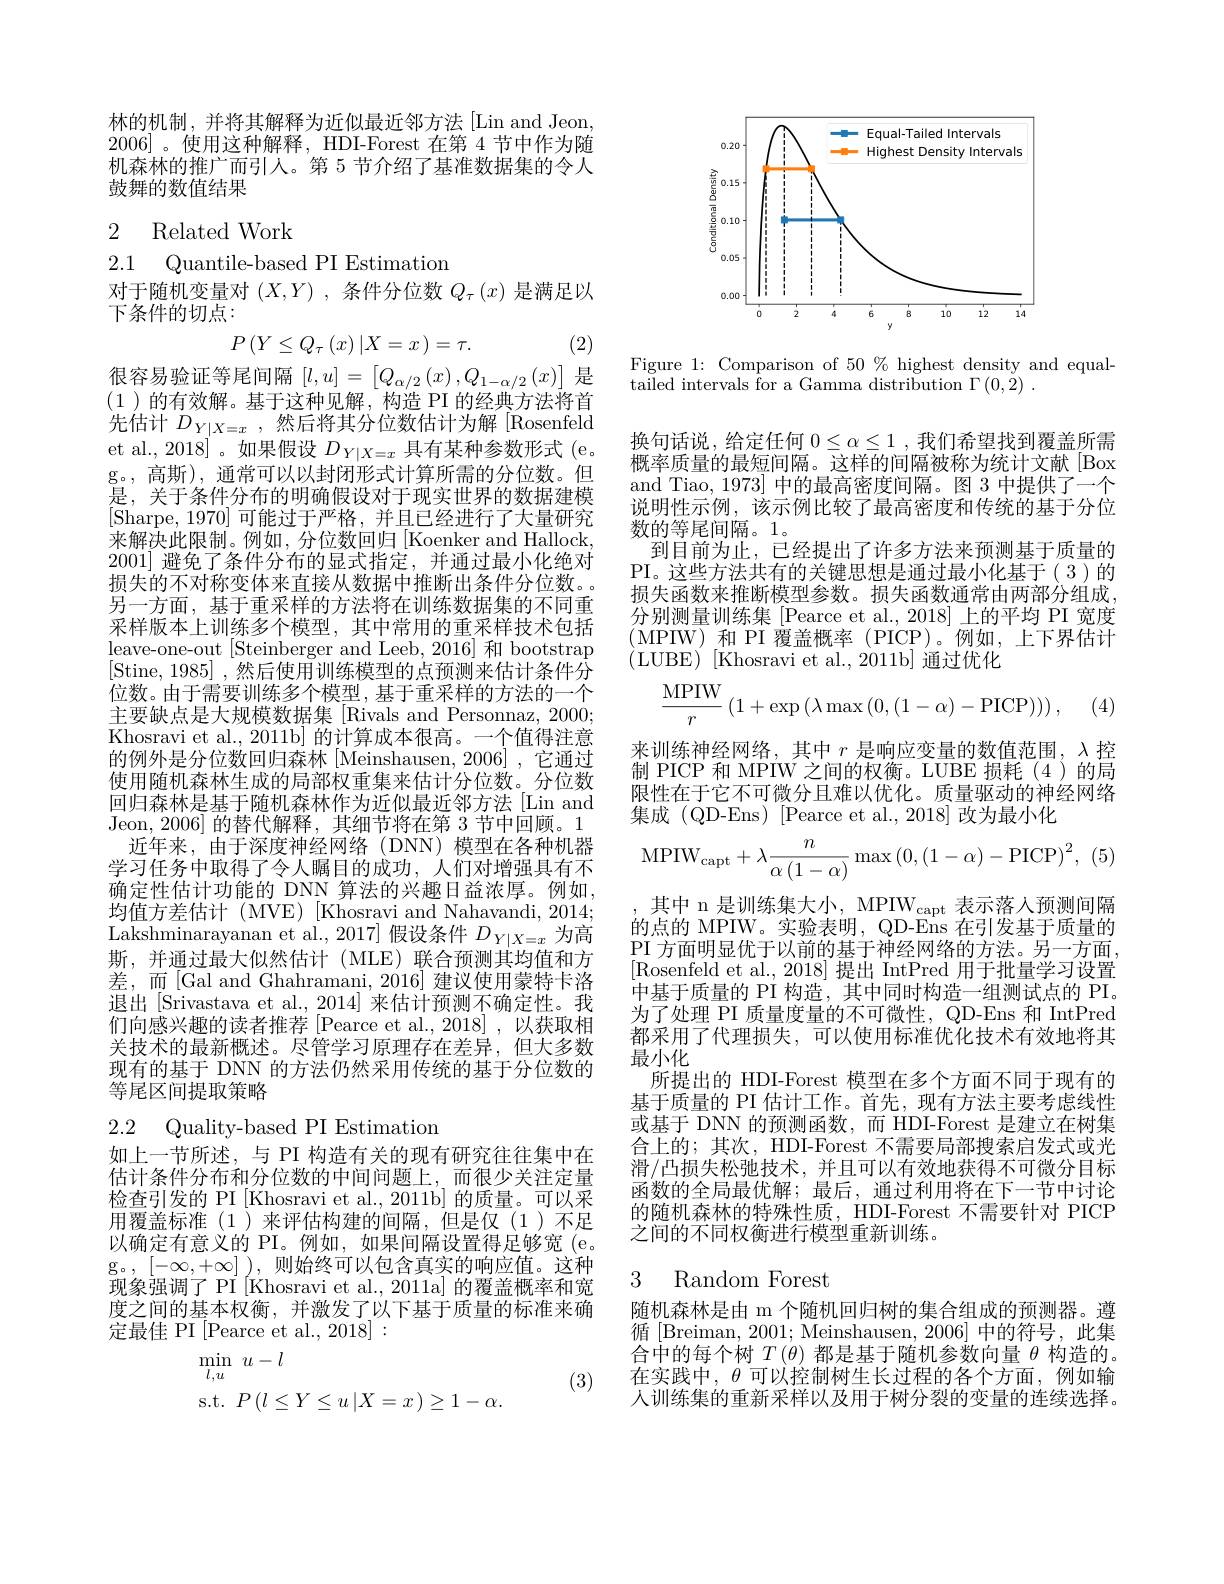
林的机制，并将其解释为近似最近邻方法[Lin and Jeon, 2006]。使用这种解释，HDI-Forest 在第 4 节中作为随机森林的推广而引人。第 5 节介绍了基准数据集的令人鼓舞的数值结果

# 2 Related Work

2.1 Quantile-based PI Estimation

对于随机变量对$(X,Y)$ ,条件分位数$Q_\tau(x)$是满足以
下条件的切点：
$$P\left(Y\leq Q_{\tau}\left(x\right)|X=x\right)=\tau.$$
(2)

很容易验证等尾间隔$[l,u]=\begin{bmatrix}Q_{\alpha/2}\left(x\right),Q_{1-\alpha/2}\left(x\right)\end{bmatrix}$是(1)的有效解。基于这种见解，构造 PI 的经典方法将首先估计 $D_Y| X= x$ ,然后将其分位数估计为解[Rosenfeld et al., 2018]。如果假设$D_Y|X=x$具有某种参数形式 (e. g。, 高斯), 通常可以以封闭形式计算所需的分位数。但是，关于条件分布的明确假设对于现实世界的数据建模[Sharpe,1970]可能过于严格，并且已经进行了大量研究来解决此限制。例如，分位数回归[Koenker and Hallock, 2001]避免了条件分布的显式指定，并通过最小化绝对损失的不对称变体来直接从数据中推断出条件分位数。另一方面，基于重采样的方法将在训练数据集的不同重采样版本上训练多个模型，其中常用的重采样技术包括leave-one-out[Steinberger and Leeb, 2016] 和 bootstrap [Stine, 1985] , 然后使用训练模型的点预测来估计条件分位数。由于需要训练多个模型，基于重采样的方法的一个主要缺点是大规模数据集 [Rivals and Personnaz, 2000; Khosravi et al., 2011b] 的计算成本很高。一个值得注意的例外是分位数回归森林[Meinshausen,2006],它通过使用随机森林生成的局部权重集来估计分位数。分位数回归森林是基于随机森林作为近似最近邻方法 [Lin and Jeon.2006|的替代解释，其细节将在第3节中回顾。1
近年来，由于深度神经网络(DNN)模型在各种机器学习任务中取得了令人瞩目的成功，人们对增强具有不确定性估计功能的 DNN 算法的兴趣日益浓厚。例如， 均值方差估计 (MVE) [Khosravi and Nahavandi, 2014; Lakshminarayanan et al., 2017] 假设条件$D_Y|X=x$为高斯，并通过最大似然估计(MLE)联合预测其均值和方差，而[Gal and Ghahramani, 2016] 建议使用蒙特卡洛退出 [Srivastava et al., 2014] 来估计预测不确定性。我们向感兴趣的读者推荐[Pearce et al.,2018],以获取相关技术的最新概述。尽管学习原理存在差异，但大多数现有的基于 DNN 的方法仍然采用传统的基于分位数的等尾区间提取策略

2.2 Quality-based PI Estimation

如上一节所述，与 PI 构造有关的现有研究往往集中在估计条件分布和分位数的中间问题上，而很少关注定量检查引发的 PI[Khosravi et al., 2011b] 的质量。可以采用覆盖标准(1)来评估构建的间隔，但是仅(1)不足以确定有意义的 PI。例如，如果间隔设置得足够宽(e。g。$\left[-\infty,+\infty\right])$,则始终可以包含真实的响应值。这种现象强调了 PI[Khosravi et al., 2011a] 的覆盖概率和宽度之间的基本权衡，并激发了以下基于质量的标准来确定最佳 PI $\left[\mathrm{Pearce~et~al.,~2018}\right]:$

(3)
$$\begin{aligned}&\operatorname*{min}_{l,u}\:u-l\\&\mathrm{s.t.}\:P\left(l\leq Y\leq u\left|X=x\right.\right)\geq1-\alpha.\end{aligned}$$
<FigureHere>

Figure 1: Comparison of 50 % highest density and equal-
$\bar {\text{tailed intervals for a Gamma distribution }\Gamma ( 0, \dot{2} ) }$ .

换句话说，给定任何$0\leq\alpha\leq1$,我们希望找到覆盖所需概率质量的最短间隔。这样的间隔被称为统计文献 [Box and Tiao, 1973]中的最高密度间隔。图 3 中提供了一个说明性示例，该示例比较了最高密度和传统的基于分位数的等尾间隔。1。
到目前为止，已经提出了许多方法来预测基于质量的PI。这些方法共有的关键思想是通过最小化基于(3)的损失函数来推断模型参数。损失函数通常由两部分组成， 分别测量训练集[Pearce et al.,2018]上的平均 PI 宽度(MPIW)和 PI 覆盖概率 (PICP)。例如，上下界估计(LUBE)[Khosravi et al.,2011b]通过优化
$$\frac{\text{MPIW}}{r}\left(1+\exp\left(\lambda\max\left(0,(1-\alpha)-\text{PICP}\right)\right)\right),$$
来训练神经网络，其中$r$是响应变量的数值范围，$\lambda$控制 PICP 和 MPIW 之间的权衡。LUBE 损耗 (4)的局限性在于它不可微分且难以优化。质量驱动的神经网络

集成 (QD-Ens) [Pearce et al.,2018] 改为最小化
$$\mathrm{MPIW}_{\mathrm{capt}}+\lambda\frac{n}{\alpha\left(1-\alpha\right)}\max\left(0,\left(1-\alpha\right)-\mathrm{PICP}\right)^{2},\:\left(5\right)$$
其中 n 是训练集大小，MPIW capt 表示落人预测间隔的点的 MPIW。实验表明，QD-Ens 在引发基于质量的PI 方面明显优于以前的基于神经网络的方法。另一方面[Rosenfeld et al., 2018] 提出 IntPred 用于批量学习设置中基于质量的 PI 构造，其中同时构造一组测试点的 PI. 为了处理 PI 质量度量的不可微性，QD-Ens 和 IntPred 都采用了代理损失，可以使用标准优化技术有效地将其最小化
所提出的 HDI-Forest 模型在多个方面不同于现有的基于质量的 PI 估计工作。首先，现有方法主要考虑线性或基于 DNN 的预测函数，而 HDI-Forest 是建立在树集合上的；其次，HDI-Forest 不需要局部搜索启发式或光滑/凸损失松弛技术，并且可以有效地获得不可微分目标函数的全局最优解；最后，通过利用将在下一节中讨论的随机森林的特殊性质，HDI-Forest 不需要针对 PICP 之间的不同权衡进行模型重新训练。

# 3 Random Forest

随机森林是由 m 个随机回归树的集合组成的预测器。遵循[Breiman, 2001; Meinshausen, 2006] 中的符号，此集$\dot{\text{合中的每个树 }T}(\theta)\dot{\text{ 都是基于随机参数向量 }\theta}$构造的。在实践中，$\theta$可以控制树生长过程的各个方面，例如输人训练集的重新采样以及用于树分裂的变量的连续选择。